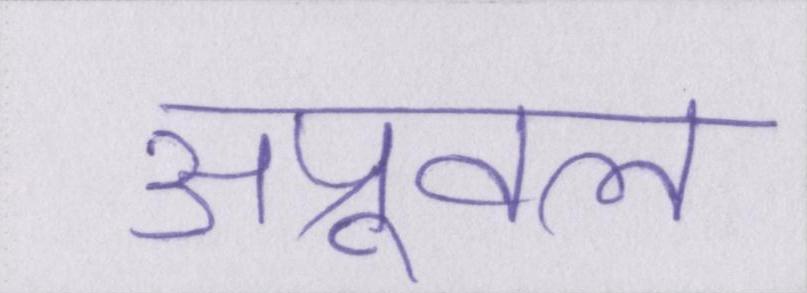
अप्रूवल